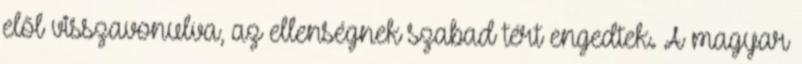
elől visszavonulva, az ellenségnek szabad tért engedtek. A magyar